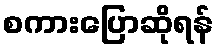
စကားပြောဆိုရန်